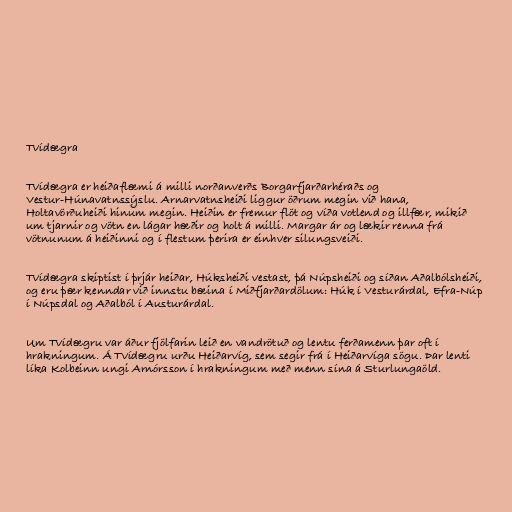
Tvídægra

Tvídægra er heiðaflæmi á milli norðanverðs Borgarfjarðarhéraðs og
Vestur-Húnavatnssýslu. Arnarvatnsheiði liggur öðrum megin við hana,
Holtavörðuheiði hinum megin. Heiðin er fremur flöt og víða votlend og illfær, mikið
um tjarnir og vötn en lágar hæðir og holt á milli. Margar ár og lækir renna frá
vötnunum á heiðinni og í flestum þerira er einhver silungsveiði.

Tvídægra skiptist í þrjár heiðar, Húksheiði vestast, þá Núpsheiði og síðan Aðalbólsheiði,
og eru þær kenndar við innstu bæina í Miðfjarðardölum: Húk í Vesturárdal, Efra-Núp
í Núpsdal og Aðalból í Austurárdal.

Um Tvídægru var áður fjölfarin leið en vandrötuð og lentu ferðamenn þar oft í
hrakningum. Á Tvídægru urðu Heiðarvíg, sem segir frá í Heiðarvíga sögu. Þar lenti
líka Kolbeinn ungi Arnórsson í hrakningum með menn sína á Sturlungaöld.